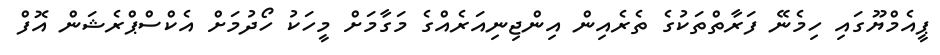
ޕީއެމްޔޫގައި ހިމެނޭ ފަރާތްތަކުގެ ތެރެއިން އިންޖިނިއަރެއްގެ މަގާމަށް މީހަކު ހޯދުމަށް އެކްސްޕްރެޝަން އޮފް